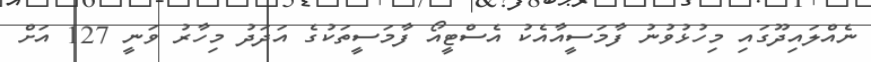
ނެއްލައިދޫގައި މިހުޅުވުނު ފާމަސީއާއެކު އެސްޓީއޯ ފާމަސީތަކުގެ އަދަދު މިހާރު ވަނީ 127 އަށް